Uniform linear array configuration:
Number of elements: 32
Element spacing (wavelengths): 1
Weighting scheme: blackman
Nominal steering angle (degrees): -30
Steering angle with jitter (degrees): -30.098
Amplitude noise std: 0.05
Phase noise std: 0.05

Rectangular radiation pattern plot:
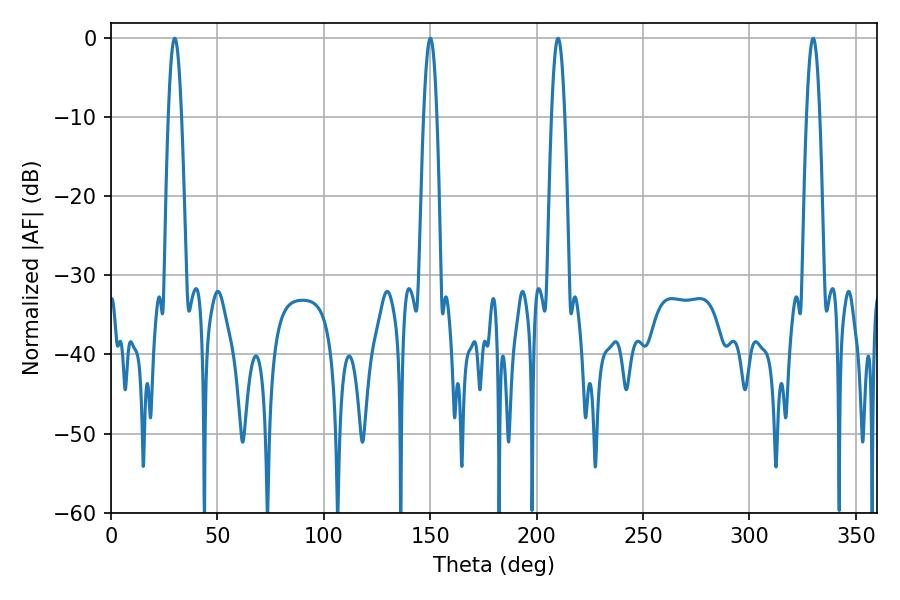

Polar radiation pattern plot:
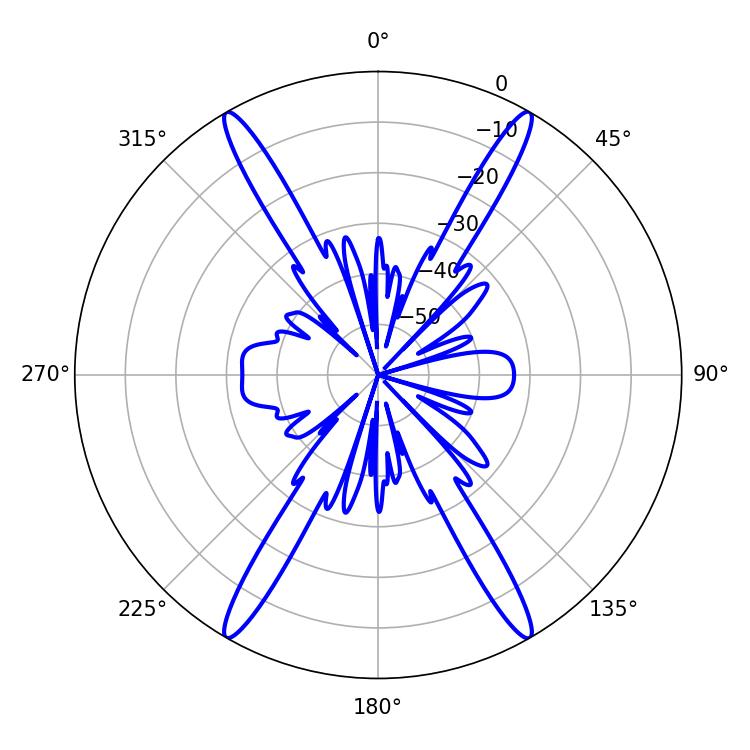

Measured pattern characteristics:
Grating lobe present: TRUE
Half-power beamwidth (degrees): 3.24
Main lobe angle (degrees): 210.06